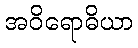
အဝိရောဓိယာ